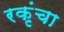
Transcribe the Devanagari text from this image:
रकृंचा